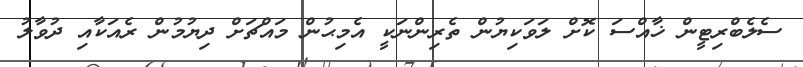
ސެލެބްރިޓީން ޚާއްސަ ކޮށް ލަވަކިޔުން ތެރިންނަކީ އެމިޙުން މައްޗަށް ދިޔުމުން ރެއަކާއި ދުވާލު